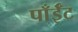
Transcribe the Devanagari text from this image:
पाँईँट